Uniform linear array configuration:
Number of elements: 32
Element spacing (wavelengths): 0.25
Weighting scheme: blackman
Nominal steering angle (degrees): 15
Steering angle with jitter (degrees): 15.838
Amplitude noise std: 0.05
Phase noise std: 0.05

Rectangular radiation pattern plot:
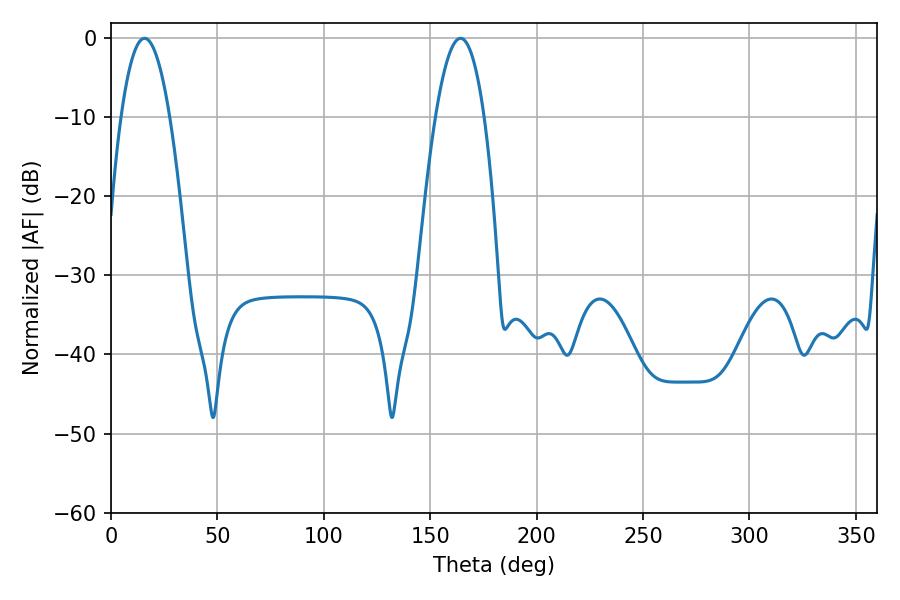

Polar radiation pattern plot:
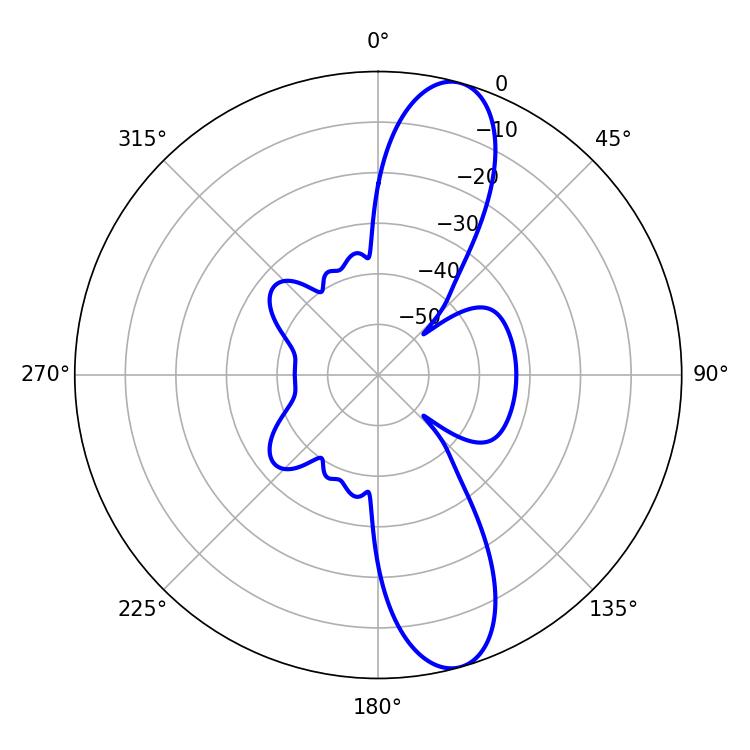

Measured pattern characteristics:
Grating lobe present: FALSE
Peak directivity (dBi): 11.883
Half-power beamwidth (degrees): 12.6
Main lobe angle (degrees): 15.84